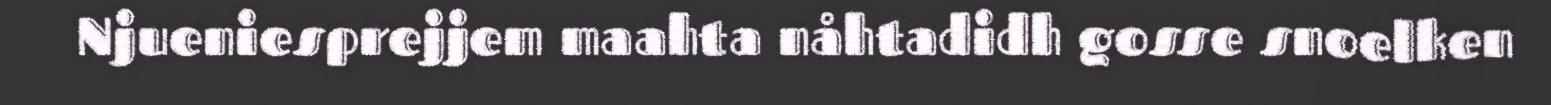
Njueniesprejjem maahta nåhtadidh gosse snoelken